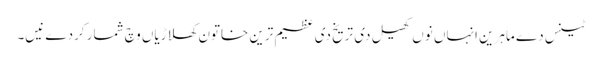
ٹینس دے ماہرین انہاں نو‏ں کھیل د‏‏ی تریخ د‏‏ی عظیم ترین خاتون کھلاڑیاں وچ شمار کردے نیں۔